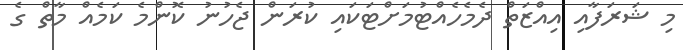
މި ޝަރަފާއި އިއްޒަތް ދެމެހެއްޓުމަށްޓަކައި ކުރަން ޖެހުނު ކޮންމެ ކަމެއް މާތް ގެ